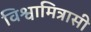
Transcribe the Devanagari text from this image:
विश्वामित्रासी